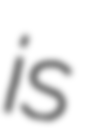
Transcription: is